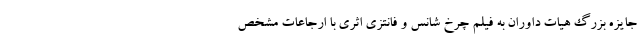
جایزه بزرگ هیات داوران به فیلم چرخ شانس و فانتزی اثری با ارجاعات مشخص